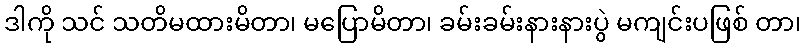
ဒါကို သင် သတိမထားမိတာ၊ မပြောမိတာ၊ ခမ်းခမ်းနားနားပွဲ မကျင်းပဖြစ် တာ၊